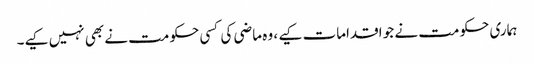
ہماری حکومت نے جو اقدامات کیے ، وہ ماضی کی کسی حکومت نے بھی نہیں کیے۔